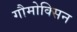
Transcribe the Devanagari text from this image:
गौमोक्सिन